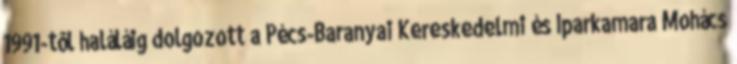
1991-tôl haláláig dolgozott a Pécs-Baranyai Kereskedelmi és Iparkamara Mohács